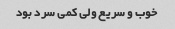
خوب و سریع ولی کمی سرد بود